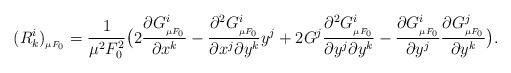
LaTeX: \begin{align*}(R^i_k)_{_{\mu F_0}}=\frac{1}{\mu^2 F_0^2}\big(2\frac{\partial G^i_{_{\mu F_0}}}{\partial x^k}-\frac{\partial^2G^i_{_{\mu F_0}}}{\partial x^j \partial y^k}y^j +2G^j\frac{\partial^2G^i_{_{\mu F_0}}}{\partial y^j \partial y^k} - \frac{\partial G^i_{_{\mu F_0}}}{\partial y^j}\frac{\partial G^j_{_{\mu F_0}}}{\partial y^k}\big).\end{align*}